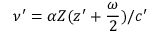
\nu ^ { \prime } = \alpha Z ( z ^ { \prime } + \frac { \omega } { 2 } ) / c ^ { \prime }